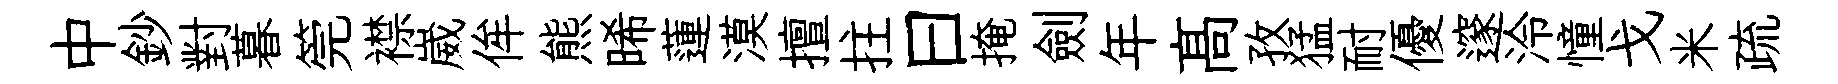
中鈔對暮筦襟崴侔熊晞蓮漠擅拄曰掩劍年髙孜猛耐優邃泠憧戈米疏